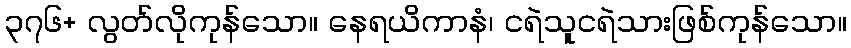
၃၇၆+ လွတ်လိုကုန်သော။ နေရယိကာနံ၊ ငရဲသူငရဲသားဖြစ်ကုန်သော။